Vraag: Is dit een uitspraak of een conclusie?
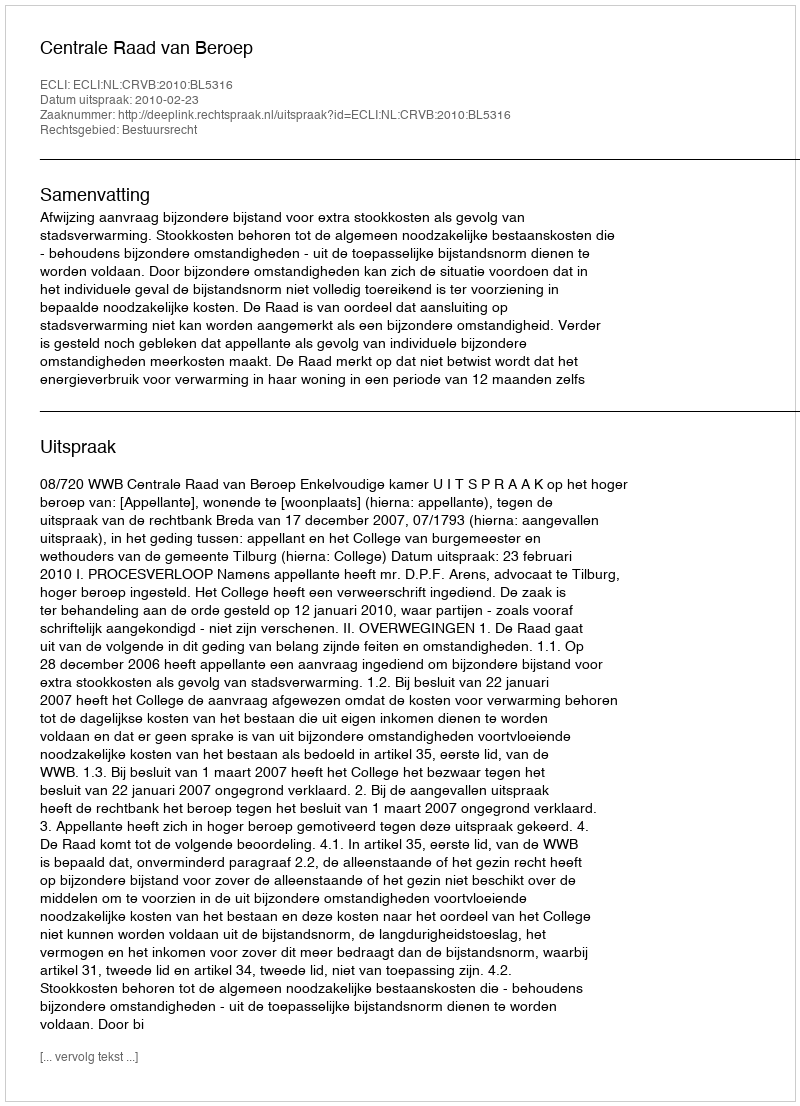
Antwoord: Uitspraak